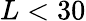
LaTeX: L<30